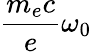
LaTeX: \frac{m_{e}c}{e}\omega_{0}